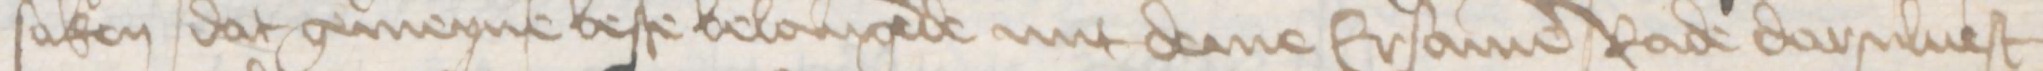
saken dat gemeyne beste belangende mit deme Ersamen rade darsuluest